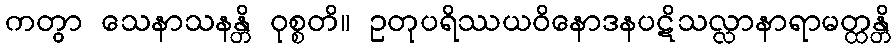
ကတွာ သေနာသနန္တိ ဝုစ္စတိ။ ဥတုပရိဿယဝိနောဒနပဋိသလ္လာနာရာမတ္ထန္တိ